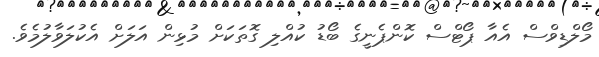
މޯލްޑިވްސް އެއާ ޕޯޓްސް ކޮންޕެނީގެ ބޯޑު ކުއްލި ގޮތަކަށް މުޅިން އަލަށް އެކުލަވާލުމެވެ.